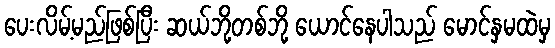
ပေးလိမ့်မည်ဖြစ်ပြီး ဆယ်ဘို့တစ်ဘို့ ယောင်နေပါသည် မောင်နှမထဲမှ